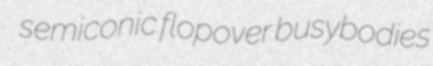
semiconic flopover busybodies